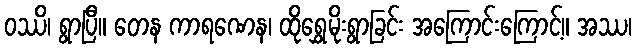
ဝဿိ၊ ရွာပြီ။ တေန ကာရဏေန၊ ထိုရွှေမိုးရွာခြင်း အကြောင်းကြောင့်။ အဿ၊